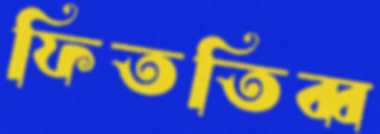
ফিততিব্ব